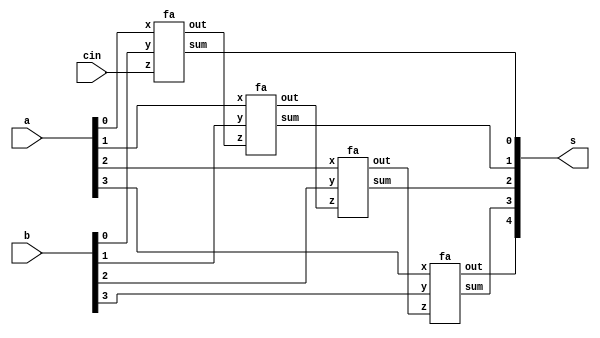
module four_ripple_adder(s,a,b,cin);
input [3:0] a,b;
input cin;
output [4:0] s;
wire [2:0]w;

fa f1(a[0],b[0],cin,s[0],w[0]);
fa f2(a[1],b[1],w[0],s[1],w[1]);
fa f3(a[2],b[2],w[1],s[2],w[2]);
fa f4(a[3],b[3],w[2],s[3],s[4]);
endmodule

module fa(x,y,z,sum,out);
input  x,y,z;
output out,sum;
wire w1,w2,w3;


xor x1(sum,x,y,z);
and a1(w1,x,y);
and a2(w2,x,z);
and a3(w3,y,z);
or o1(out,w1,w2,w3);
endmodule